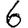
Digit: 6